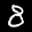
Label: 8